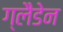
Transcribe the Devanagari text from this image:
ग्लैडेन